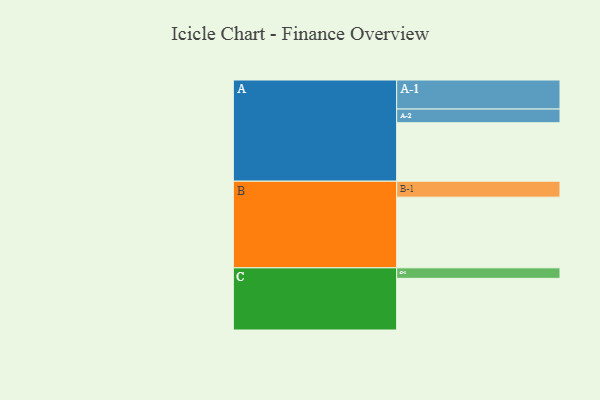
{"axis": {"x": "Segment", "y": "Value"}, "legend": ["", "A", "B", "C"], "data": [{"x": "A", "y": 473, "type": ""}, {"x": "B", "y": 572, "type": ""}, {"x": "C", "y": 418, "type": ""}, {"x": "A-1", "y": 235, "type": "A"}, {"x": "A-2", "y": 111, "type": "A"}, {"x": "B-1", "y": 129, "type": "B"}, {"x": "C-1", "y": 85, "type": "C"}]}